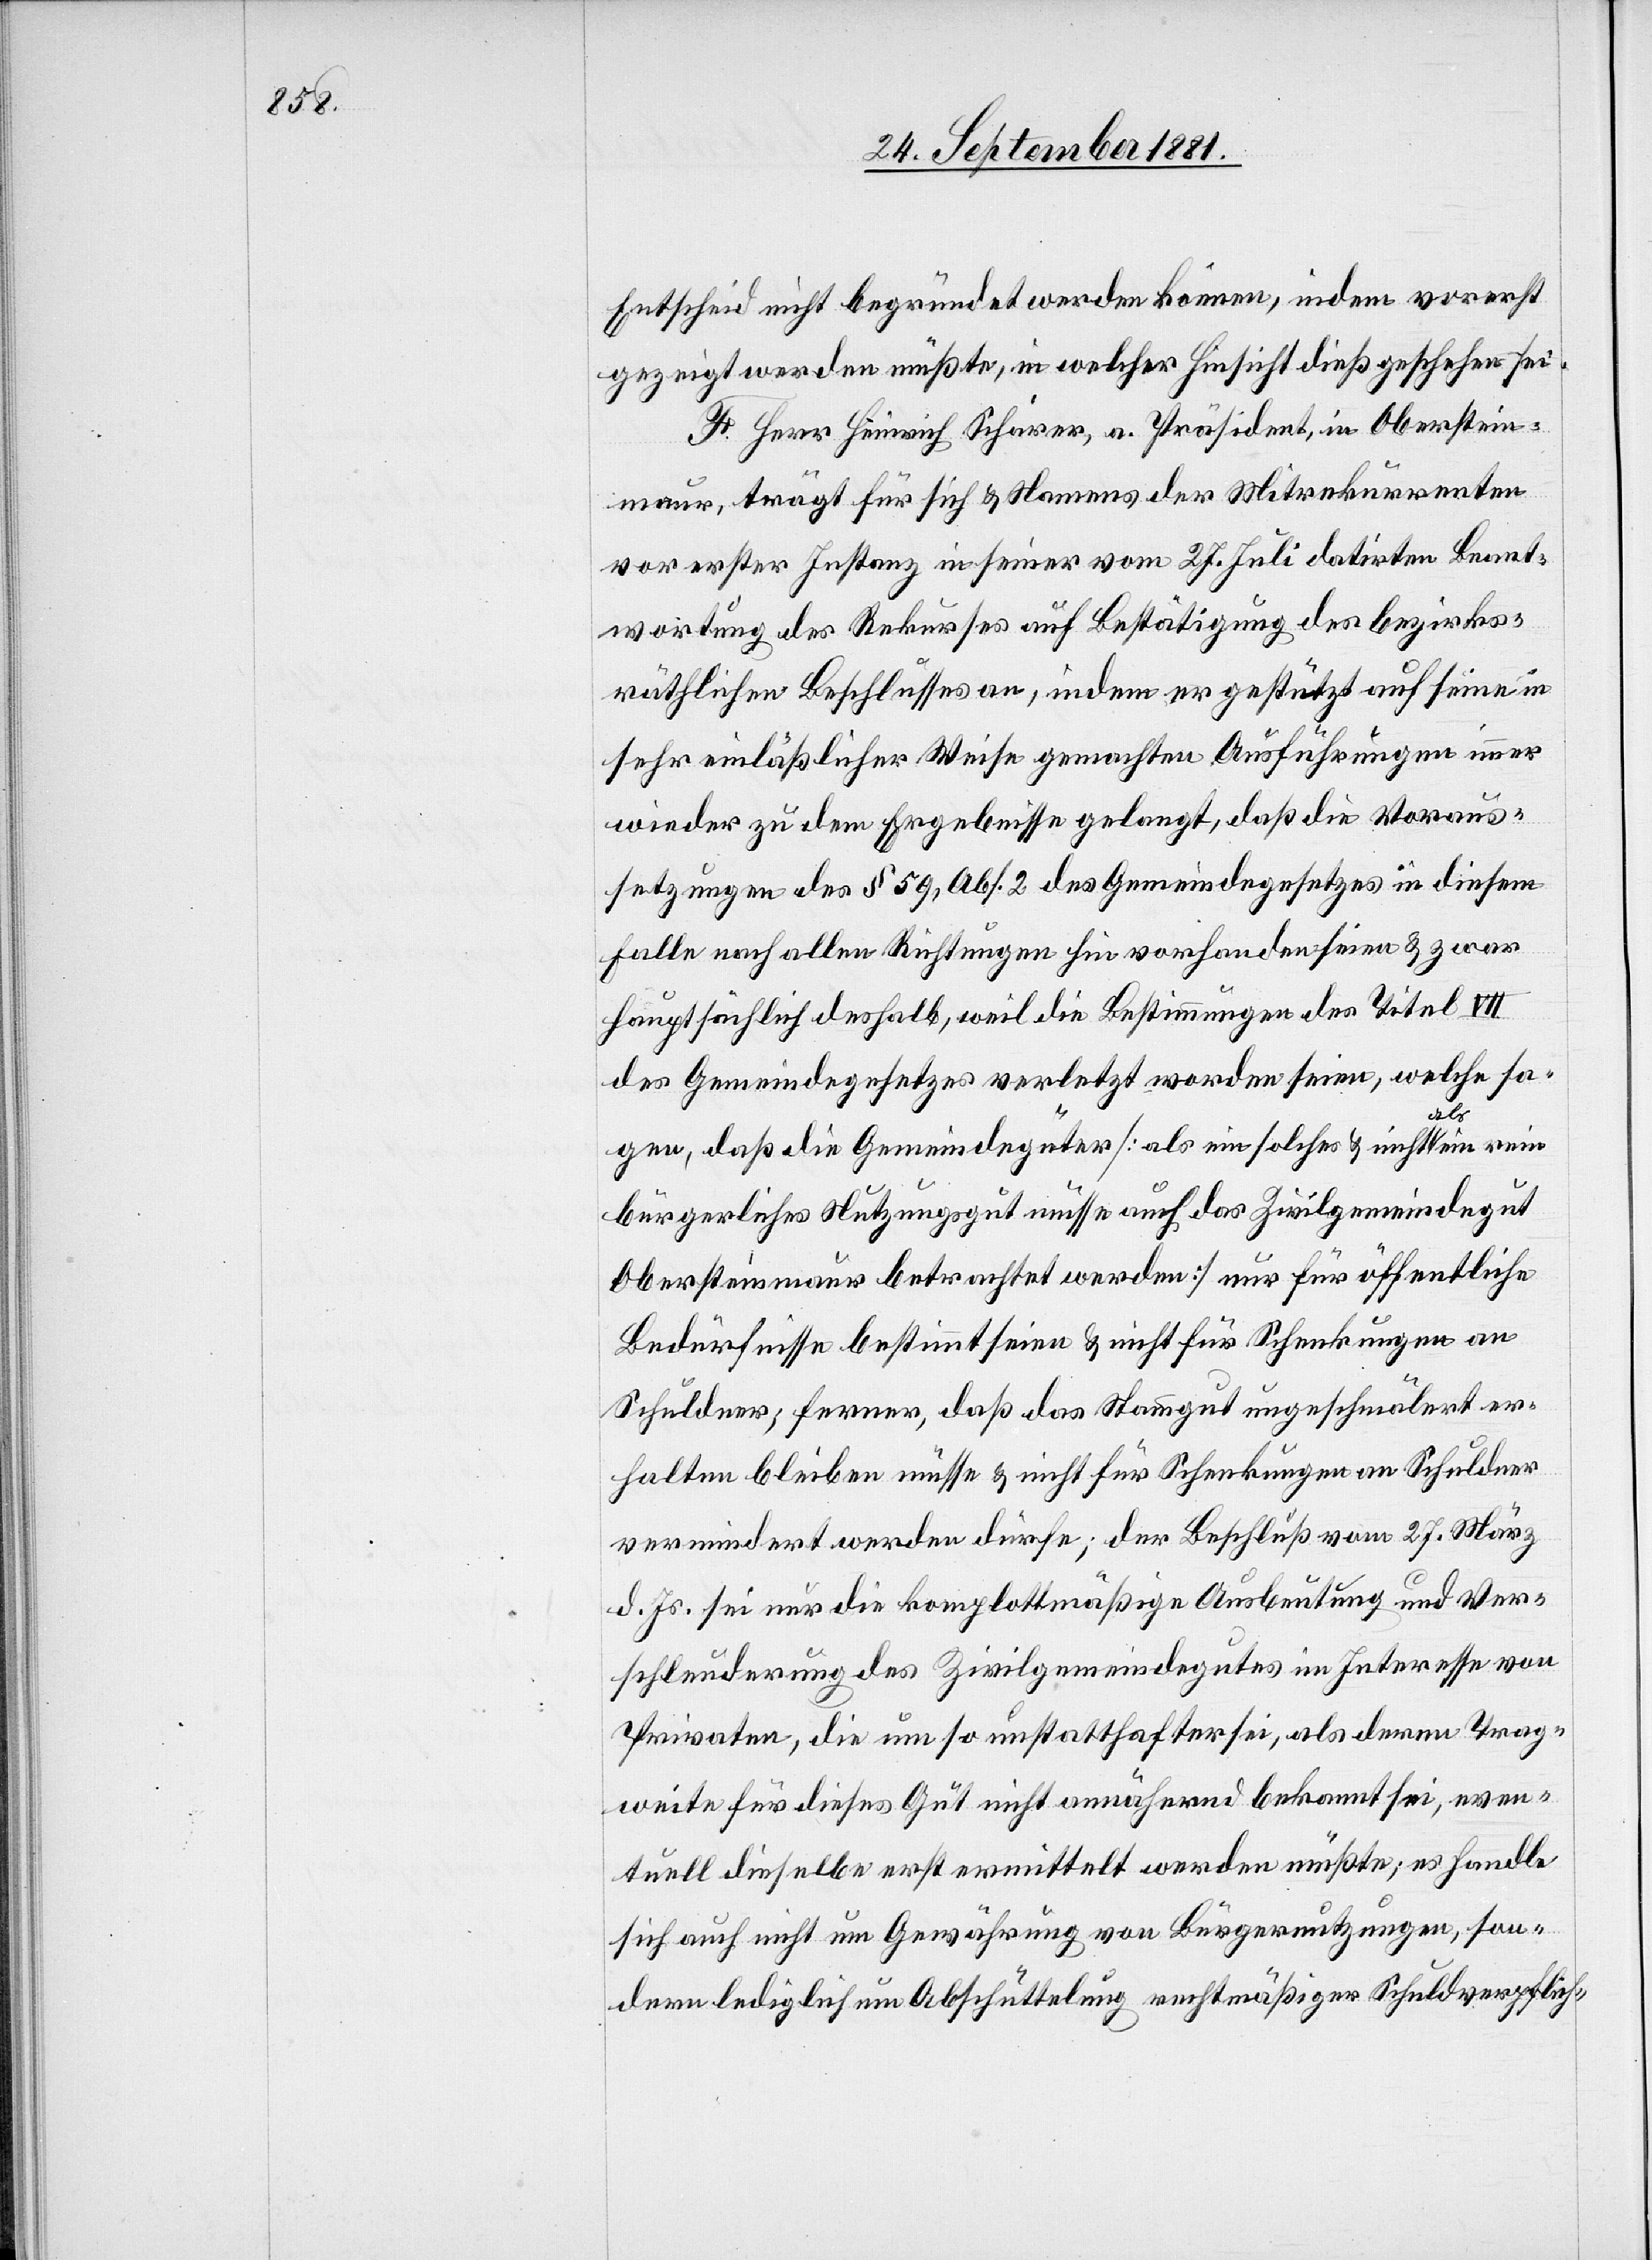
Entscheid nicht begründet werden können, indem vorerst
gezeigt werden müßte, in welcher Hinsicht dieß geschehen sei.
F. Herr Heinrich Schärer, a. Präsident, in Oberstein¬
maur, trägt für sich & Namens der Mitrekurrenten
vor erster Instanz in seiner vom 27. Juli datirten Beant¬
wortung des Rekurses auf Bestätigung des bezirks¬
räthlichen Beschlusses an, indem er gestützt auf seine in
sehr einläßlicher Weise gemachten Ausführungen immer
wieder zu dem Ergebnisse gelangt, daß die Voraus¬
setzungen des § 59, Abs. 2 des Gemeindegesetzes in diesem
Falle nach allen Richtungen hin vorhanden seien & zwar
hauptsächlich deshalb, weil die Bestimmungen des Titel VII
des Gemeindegesetzes verletzt worden seien, welche sa¬
gen, daß die Gemeindegüter [als ein solches & nicht als ein rein
bürgerliches Nutzungsgut müsse auch das Zivilgemeindegut
Obersteinmaur betrachtet werden] nur für öffentliche
Bedürfnisse bestimmt seien & nicht für Schenkungen an
Schuldner; ferner, daß das Stammgut ungeschmälert er¬
halten bleiben müsse & nicht für Schenkungen an Schuldner
vermindert werden dürfe; der Beschluß vom 27. März
d. Js. sei nur die komplottmäßige Ausbeutung und Ver¬
schleuderung des Zivilgemeindegutes im Interesse von
Privaten, die um so unstatthafter sei, als deren Trag¬
weite für dieses Gut nicht annähernd bekannt sei, even¬
tuell dieselbe erst ermittelt werden müßte; es handle
sich auch nicht um Gewährung von Bürgernutzungen, son¬
dern lediglich um Abschüttelung rechtmäßiger Schuldverpflich-